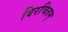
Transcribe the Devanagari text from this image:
विरचितम्